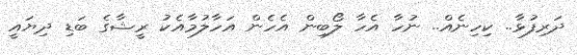
ދަރިފުޅާ.. ކިހިނެއް.. ނުހާ އެހާ ލޯބިން އެހެން އަހާލުމާއެކު ރީޝާގެ ބަޑި ދިޔައީ